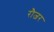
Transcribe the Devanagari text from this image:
रौजर